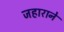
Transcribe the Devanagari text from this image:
जहाराने